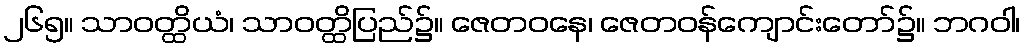
၂၆၅။ သာဝတ္ထိယံ၊ သာဝတ္ထိပြည်၌။ ဇေတဝနေ၊ ဇေတဝန်ကျောင်းတော်၌။ ဘဂဝါ၊